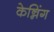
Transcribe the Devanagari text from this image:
केन्निंग